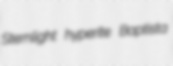
Sternlight hyperite Baptista